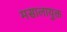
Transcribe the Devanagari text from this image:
मसालायुक्त